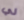
لي